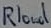
Text: Rload